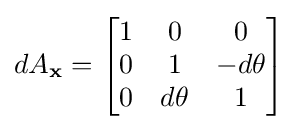
dA_{\mathbf {x} }={\begin{bmatrix}1&0&0\\0&1&-d\theta \\0&d\theta &1\end{bmatrix}}